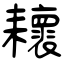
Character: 耲